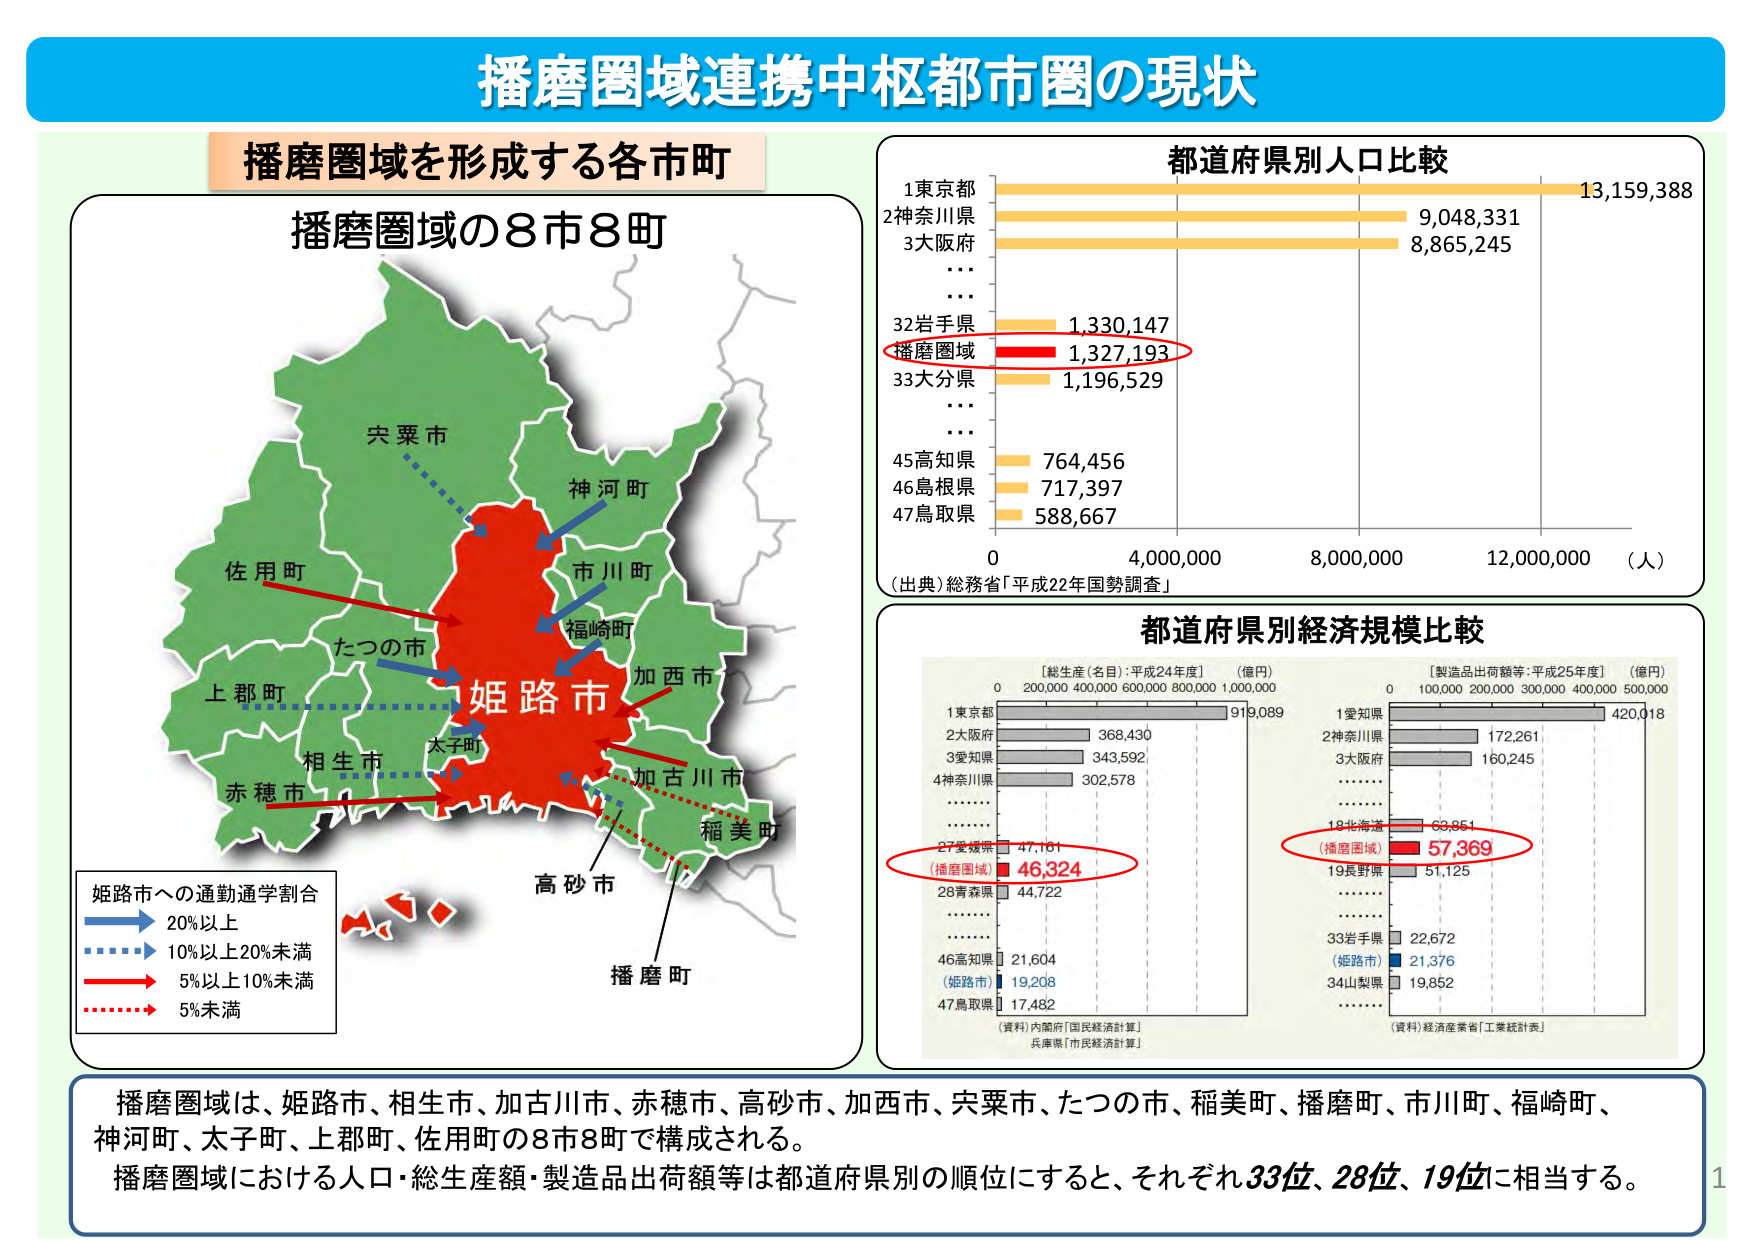
播磨圏域連携中枢都市圏の現状

播磨圏域を形成する各市町

播磨圏域の8市8町

宍粟市
神河町
市川町
福崎町
加西市
加古川市
稲美町
高砂市
播磨町
太子町
たつの市
姫路市
相生市
赤穂市
上郡町
佐用町

姫路市への通勤通学割合
→ 20%以上
→ 10%以上20%未満
→ 5%以上10%未満
→ 5%未満

都道府県別人口比較
1 東京都 13,159,388
2 神奈川県 9,048,331
3 大阪府 8,865,245
...
32 岩手県 1,330,147
播磨圏域 1,327,193
33 大分県 1,196,529
...
45 高知県 764,456
46 島根県 717,397
47 鳥取県 588,667
0 4,000,000 8,000,000 12,000,000 （人）
（出典）総務省「平成22年国勢調査」

都道府県別経済規模比較

【総生産（名目）：平成24年度】（億円）
1 東京都 919,089
2 大阪府 368,430
3 愛知県 343,592
4 神奈川県 302,578
...
27 愛媛県 47,181
（播磨圏域）46,324
28 青森県 44,722
...
46 高知県 21,604
（姫路市）19,208
47 鳥取県 17,482
（資料）内閣府「国民経済計算」
兵庫県「市民経済計算」

【製造品出荷額等：平成25年度】（億円）
1 愛知県 420,018
2 神奈川県 172,261
3 大阪府 160,245
...
18 北海道 68,851
（播磨圏域）57,369
19 長野県 51,125
...
33 岩手県 22,672
（姫路市）21,376
34 山梨県 19,852
（資料）経済産業省「工業統計表」

播磨圏域は、姫路市、相生市、加古川市、赤穂市、高砂市、加西市、宍粟市、たつの市、稲美町、播磨町、市川町、福崎町、神河町、太子町、上郡町、佐用町の8市8町で構成される。
播磨圏域における人口・総生産額・製造品出荷額等は都道府県別の順位にすると、それぞれ33位、28位、19位に相当する。

1